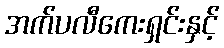
အက်ပလီကေးရှင်းနှင့်